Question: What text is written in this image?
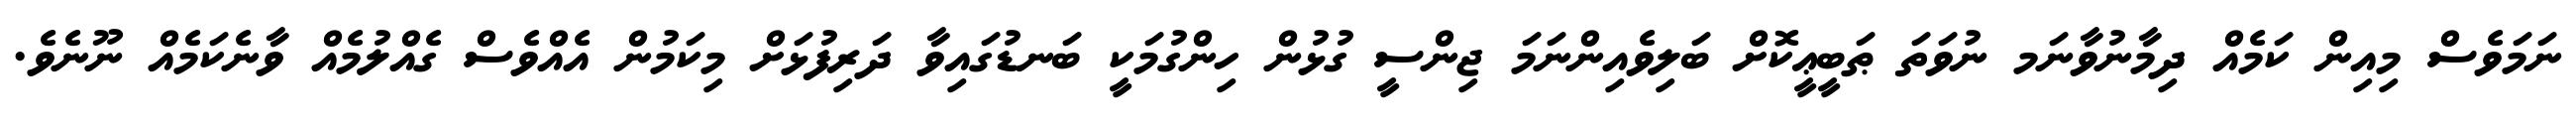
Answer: ނަމަވެސް މިއިން ކަމެއް ދިމާނުވާނަމ ނުވަތަ ޠަބީޢީކޮށް ބަލިވެއިންނަމަ ޖިންސީ ގުޅުން ހިންގުމަކީ ބަނޑުގައިވާ ދަރިފުޅަށް މިކަމުން އެއްވެސް ގެއްލުމެއް ވާނެކަމެއް ނޫނެވެ.